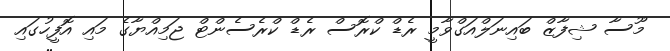
މޫސާ ޝިފާޒް ބައިނަލްއަގްވާމީ ރެޑް ކްރޮސް ރެޑް ކްރެސެންޓް ޖަމިއްޔާގެ މައި އޮފީހުގައި